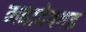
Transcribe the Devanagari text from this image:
महादेवगड